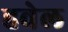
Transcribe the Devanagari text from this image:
हवेल